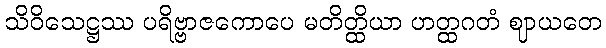
သိဝိသေဋ္ဌဿ ပရိဗ္ဗာဇကောပေ မတိတ္ထိယာ ဟတ္ထဂတံ ဈာယတေ